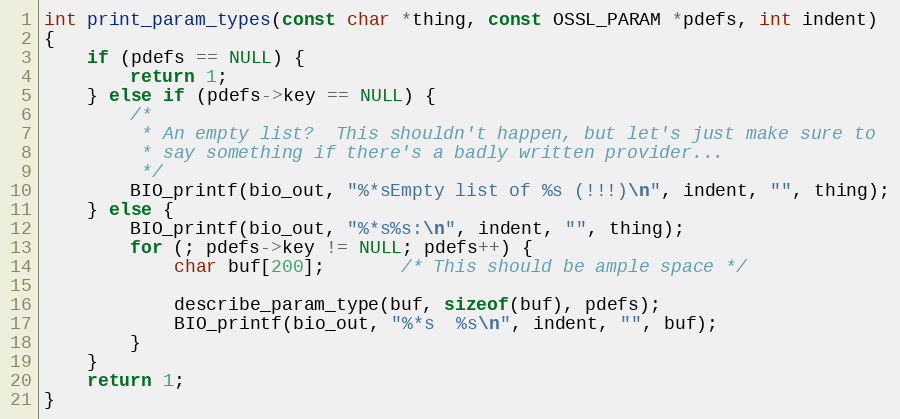
Language: C
int print_param_types(const char *thing, const OSSL_PARAM *pdefs, int indent)
{
    if (pdefs == NULL) {
        return 1;
    } else if (pdefs->key == NULL) {
        /*
         * An empty list?  This shouldn't happen, but let's just make sure to
         * say something if there's a badly written provider...
         */
        BIO_printf(bio_out, "%*sEmpty list of %s (!!!)\n", indent, "", thing);
    } else {
        BIO_printf(bio_out, "%*s%s:\n", indent, "", thing);
        for (; pdefs->key != NULL; pdefs++) {
            char buf[200];       /* This should be ample space */

            describe_param_type(buf, sizeof(buf), pdefs);
            BIO_printf(bio_out, "%*s  %s\n", indent, "", buf);
        }
    }
    return 1;
}